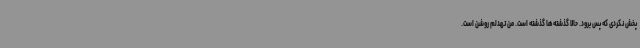
پخش نکردی که پس برود. حالا گذشته‌ها گذشته است. من تهدلم روشن است.